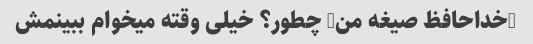
"خداحافظ صیغه من" چطور؟ خیلی وقته میخوام ببینمش